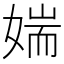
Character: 媏